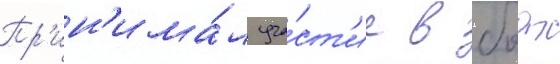
Пр'ин'има́л уча́ст'ие в боах